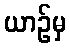
ယာဉ်မှ